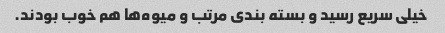
خیلی سریع رسید و بسته بندی مرتب و میوه‌ها هم خوب بودند.